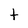
Character: t